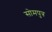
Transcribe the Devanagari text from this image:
सोमपुत्र